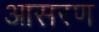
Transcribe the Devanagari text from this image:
आसरण